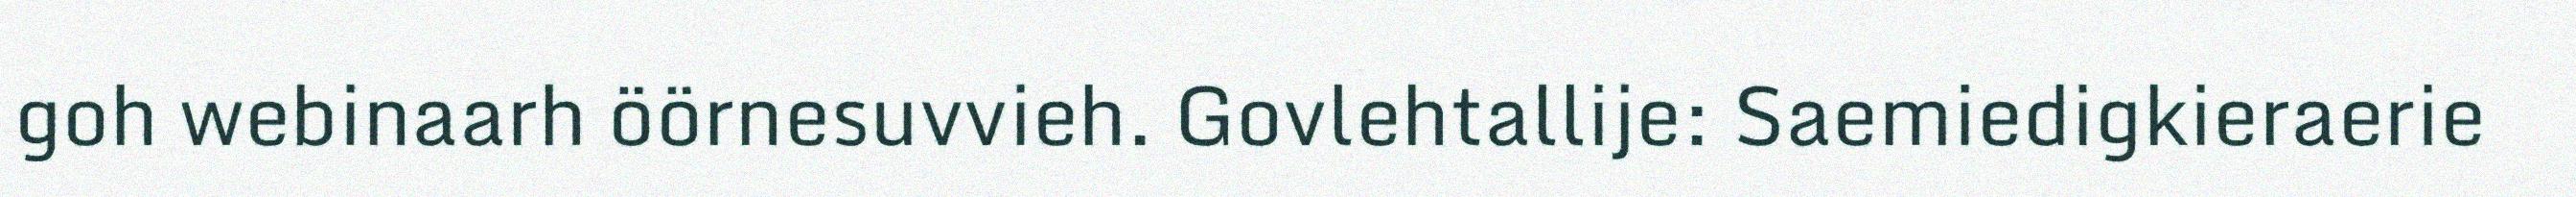
goh webinaarh öörnesuvvieh. Govlehtallije: Saemiedigkieraerie